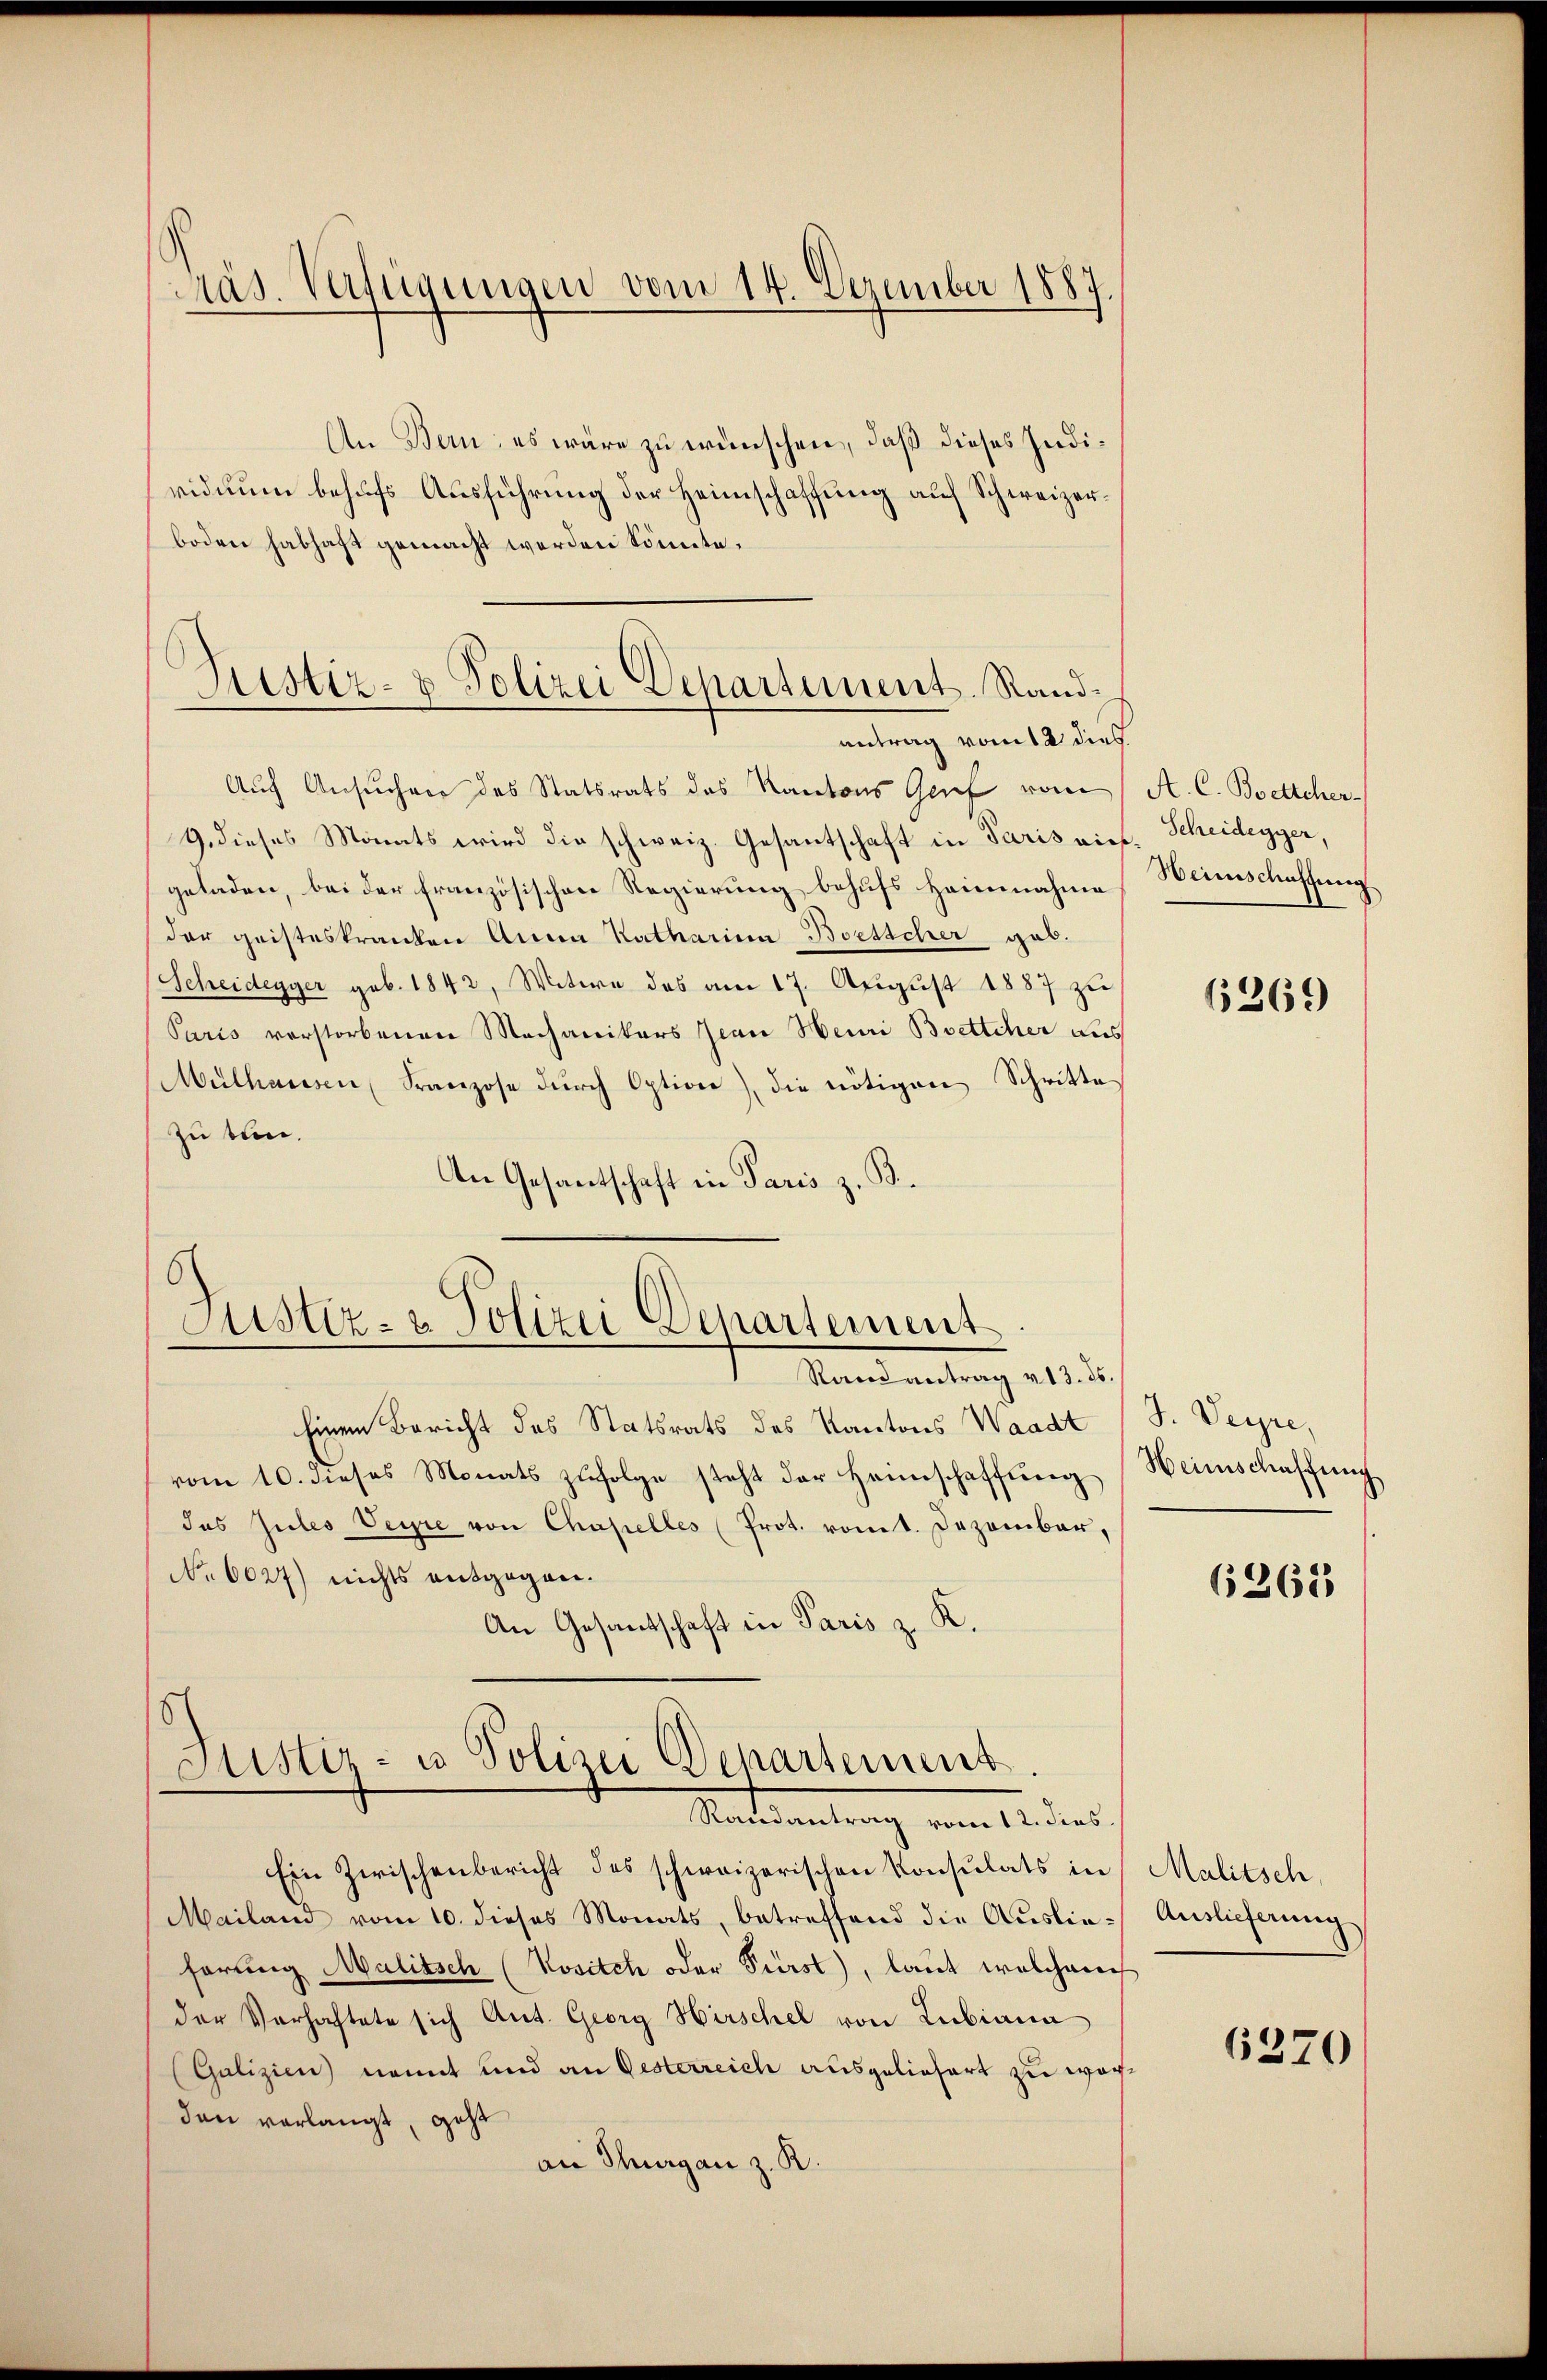
Präs. Verfügungen vom 14. Dezember 1887.

An Bern; es wäre zu wünschen, daß dieses Individuum behufs Ausführung der Heimschaffung auf Schweizerboden habhaft gemacht werden könnte.

Justiz- & Polizei Departement. Randantrag vom 12 dies

Auch Ansucher des Statsrats des Kantons Genf vom
9. dieses Monats wird die schweiz. Gesantschaft in Paris rief. Scheidegger,
geladen, bei der französischen Regierung behufs Heinnahme
der geisteskranken Anna Katharina Boesscher gab.
Scheidegger geb. 1842, Witwe des am 17. August 1887 zu
Paris verstorbenen Mechanikers Jean Heuri Brettcher aus
Mülhausen Franzose dŭrch Option) die nötigen Schritte
zu tun.
An Gesantschaft in Paris z. B.

Justiz- & Polizei Departement
Randantrag v. 13. ds.

Einem Bericht des Statsrats des Kantons Waadt
vom 10. dieses Monats zŭfolge steht der Heimschaffŭng Weinschaffung
das Gutes Verre von Chapelles (Prot. vomt. Dezember,
No 6027) nichts entgegen¬
An Gesandschaft in Paris z. K.

h
Justiz- u Polizei Departement.
Ratsantrag vom 12 des

Ein Zwischenbericht des schweizerischen Konsulats in
Mailand vom 10. dieses Monats, betreffend die Auslieförung Malitsch (Kositch oder Fürst), laut welchem
der Verhaftete sich Ant. Georg Hirschel von Lubiana
(Galizien) nannt und an Oesterreich ausgeliefert zu worden verlangt, geht
an Thurgau z. R.

A. C. Boettcher-
Heimschaffung

6369

J. Veyre,

6368

Malitsch,
Auslieferung

6270